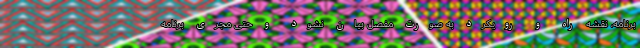
برنامه، نقشه راه و رویکرد به صورت مفصل بیان نشود و حتی مجری برنامه